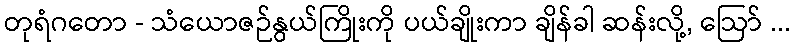
တုရံဂတော - သံယောဇဉ်နွယ်ကြိုးကို ပယ်ချိုးကာ ချိန်ခါ ဆန်းလို့, ဩော် ...